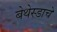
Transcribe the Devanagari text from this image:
बेथेस्डाचे